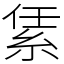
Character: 䋕